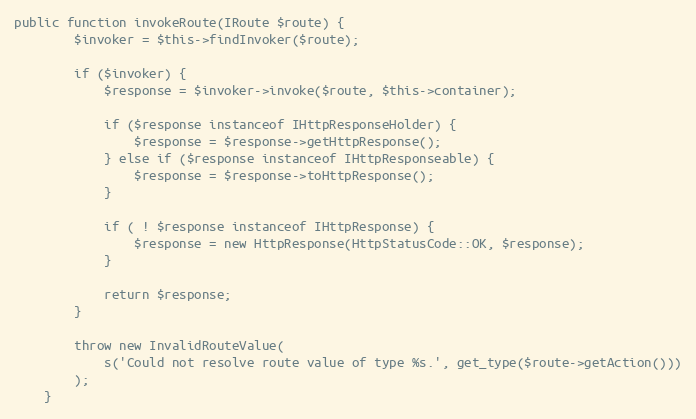
Language: PHP
public function invokeRoute(IRoute $route) {
        $invoker = $this->findInvoker($route);

        if ($invoker) {
            $response = $invoker->invoke($route, $this->container);

            if ($response instanceof IHttpResponseHolder) {
                $response = $response->getHttpResponse();
            } else if ($response instanceof IHttpResponseable) {
                $response = $response->toHttpResponse();
            }

            if ( ! $response instanceof IHttpResponse) {
                $response = new HttpResponse(HttpStatusCode::OK, $response);
            }

            return $response;
        }

        throw new InvalidRouteValue(
            s('Could not resolve route value of type %s.', get_type($route->getAction()))
        );
    }